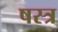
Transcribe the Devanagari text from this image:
षस्त्र